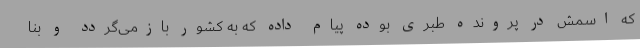
که اسمش در پرونده طبری بوده پیام داده که به کشور بازمی‌گردد و بنا